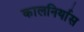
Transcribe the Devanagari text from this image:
कालनिर्यास